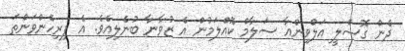
ދެން ގޮސްލީ އަލްވިންއާ ސަލާމް ކޮއްލަމުން އެ ޒުވާނާ ބުނެލިއެވެ. އެ ފިރިހެންވަންތަ